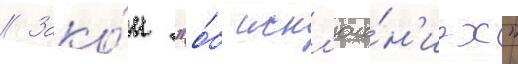
// Зако́н "о́б искл'юче́н'иах"